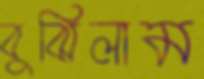
বুঝিলাম